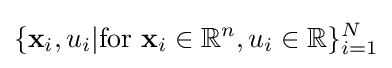
\{\mathbf {x} _{i},u_{i}|{\text{for }}\mathbf {x} _{i}\in \mathbb {R} ^{n},u_{i}\in \mathbb {R} \}_{i=1}^{N}